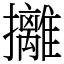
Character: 攡